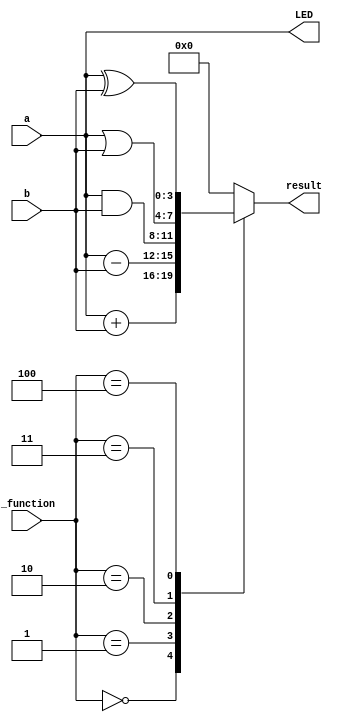
module ALU(
	input [3:0] a,
	input [3:0] b,
	input [2:0] _function,
	output [3:0] result,
	output reg [3:0] LED
   );

	parameter ADD = 4'H0;
	parameter SUB = 4'H1;
	parameter AND = 4'H2;
	parameter  OR = 4'H3;
	parameter XOR = 4'H4;
	
	reg [3:0] result_data;
	assign result = result_data;
	
	always @ (a or b or _function)
	begin
		case (_function)
			ADD: result_data = a + b;
			SUB: result_data = a - b;
			AND: result_data = a & b;
			 OR: result_data = a | b;
			XOR: result_data = a ^ b;
			default: result_data = 4'H0;
		endcase
		LED = a;
	end

endmodule